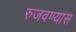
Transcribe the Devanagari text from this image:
रुजवण्यास